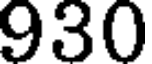
930